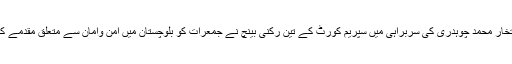
چیف جسٹس افتخار محمد چوہدری کی سربراہی میں سپریم کورٹ کے تین رکنی بینچ نے جمعرات کو بلوچستان میں امن وامان سے متعلق مقدمے کی سماعت کی۔